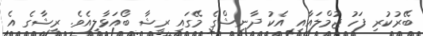
ބޭރުކުރި ފަހު ޖުމްލައާއި އެކު ދާނިޝްގެ މޭގައި ރީޝާ ބޯއަޅާލިއެވެ. ރީޝާގެ އެ